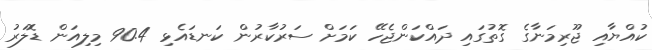
ކުއްޔާއި ޖޫރިމަނާގެ ގޮތުގައި ދައްކަންޖެހޭ ކަމަށް ސަރުކާރުން ކަނޑައެޅި 90.4 މިލިއަން ޑޮލަރު